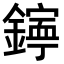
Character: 𨭋